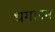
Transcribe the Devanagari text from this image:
धगानम